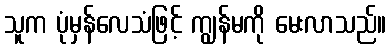
သူက ပုံမှန်လေသံဖြင့် ကျွန်မကို မေးလာသည်။